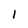
Character: l